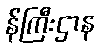
န်ကြီးဌာန